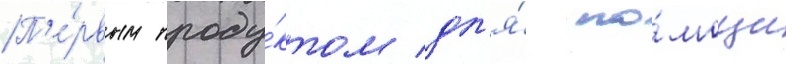
П'е́рвым проду́ктом дл'я́ по́мощи